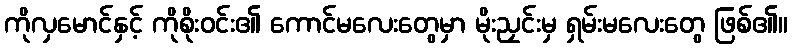
ကိုလှမောင်နှင့် ကိုစိုးဝင်း၏ ကောင်မလေးတွေမှာ မိုးညှင်းမှ ရှမ်းမလေးတွေ ဖြစ်၏။